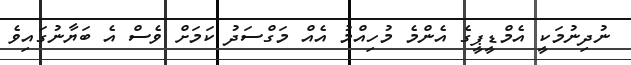
ނުދިނުމަކީ އެމްޑީޕީގެ އެންމެ މުހިއްމު އެއް މަގްސަދު ކަމަށް ވެސް އެ ބަޔާނުގައިވެ